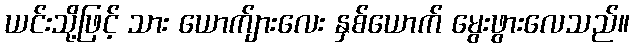
ယင်းသို့ဖြင့် သား ယောက်ျားလေး နှစ်ယောက် မွေးဖွားလေသည်။